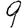
Digit: 9